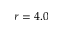
r = 4 . 0